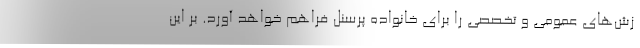
زش‌های عمومی و تخصصی را برای خانواده پرسنل فراهم خواهد آورد. بر این